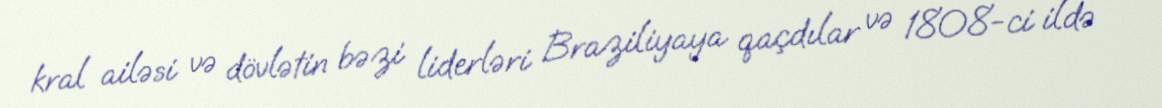
kral ailəsi və dövlətin bəzi liderləri Braziliyaya qaçdılar və 1808-ci ildə